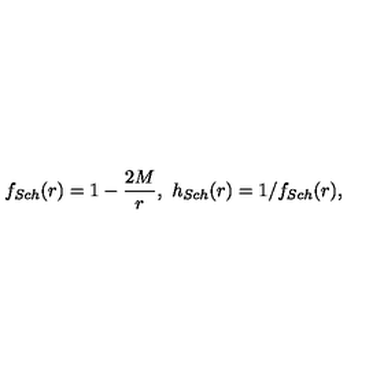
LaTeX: f _ { S c h } ( r ) = 1 - \frac { 2 M } { r } , \ h _ { S c h } ( r ) = 1 / f _ { S c h } ( r ) ,